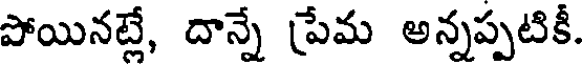
పోయినట్లే, దాన్నే ప్రేమ అన్నప్పటికీ.